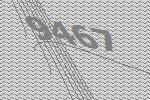
9467